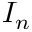
I _ { n }